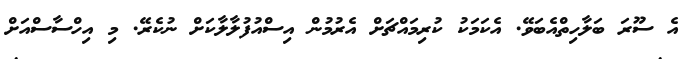
އެ ސޫރަ ބަލާހިތްއެބަވޭ. އެކަމަކު ކުރިމައްޗަށް އެރުމުން އިސްއުފުލާލާކަށް ނުކެރޭ. މި އިހްސާސްއަށް